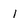
Character: 1